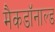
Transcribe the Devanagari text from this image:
मैकडॉनाल्ड